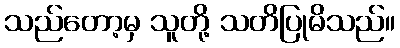
သည်တော့မှ သူတို့ သတိပြုမိသည်။